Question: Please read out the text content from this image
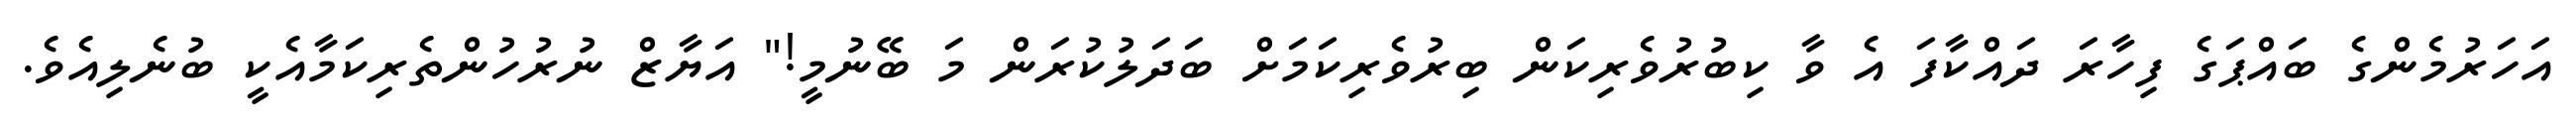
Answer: އަހަރުމެންގެ ބައްޕަގެ ފިހާރަ ދައްކާފަ އެ ވާ ކިބުރުވެރިކަން ބިރުވެރިކަމަށް ބަދަލުކުރަން މަ ބޭނުމީ!" އަޔާޒް ނުރުހުންތެރިކަމާއެކީ ބުނެލިއެވެ.